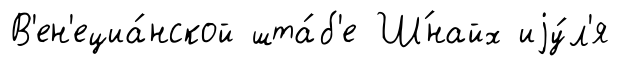
В'ен'ециа́нской шта́б'е Ш́найх иjу́л'я